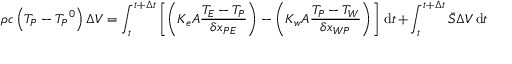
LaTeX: \rho c \left( T _ { P } - { T _ { P } } ^ { 0 } \right) \Delta V = \int _ { t } ^ { t + \Delta t } \left[ \left( K _ { e } A { \frac { T _ { E } - T _ { P } } { \delta x _ { P E } } } \right) - \left( K _ { w } A { \frac { T _ { P } - T _ { W } } { \delta x _ { W P } } } \right) \right] \, \mathrm { d } t + \int _ { t } ^ { t + \Delta t } { \bar { S } } \Delta V \, \mathrm { d } t